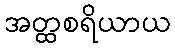
အတ္ထစရိယာယ